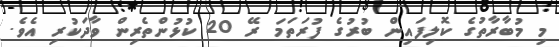
މި މުބާރާތުގެ ކޮލިފައިން ބުރުގެ ފުރަތަމަ ރޭ 20 ކުޅުންތެރިން ވާދަކުރި އެވެ.